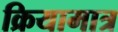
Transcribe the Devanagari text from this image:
क्रियामात्र